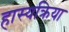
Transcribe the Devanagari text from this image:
हास्यक्रिया